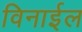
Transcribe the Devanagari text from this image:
विनाईल